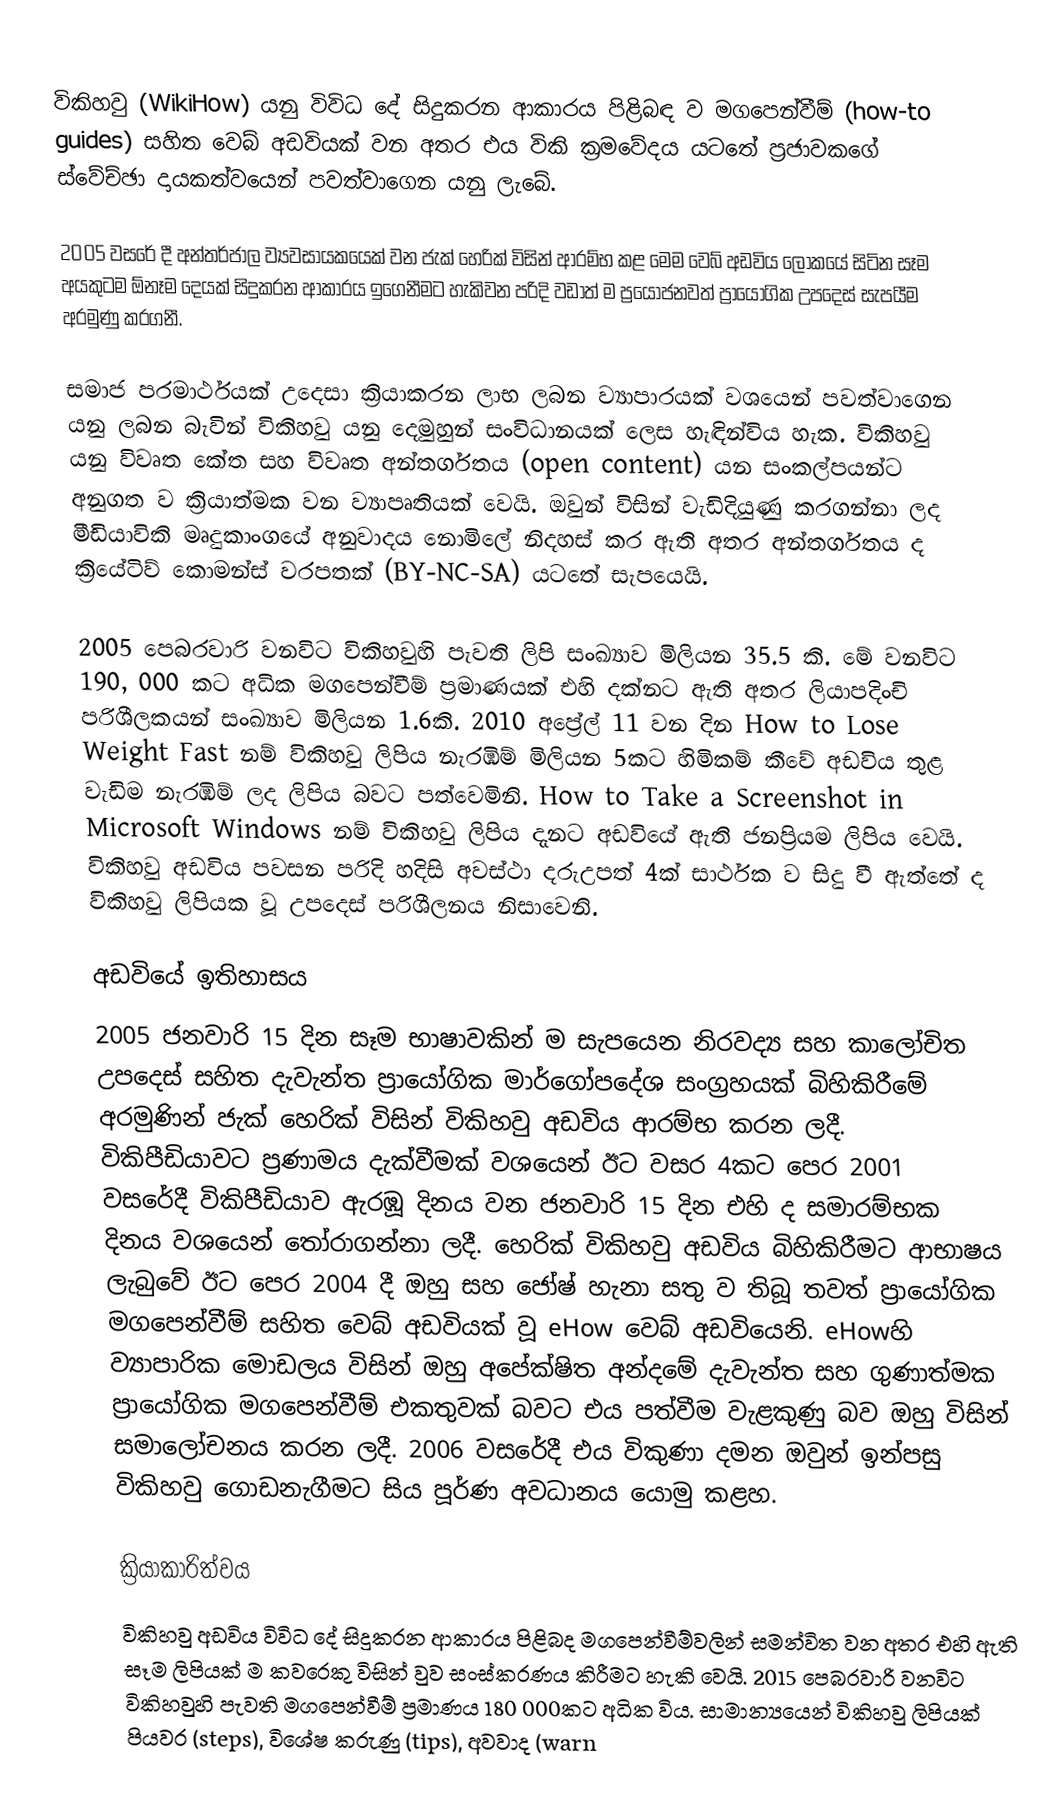
විකිහවු (WikiHow) යනු විවිධ දේ සිදුකරන ආකාරය පිළිබඳ ව මගපෙන්වීම් (how-to guides) සහිත වෙබ් අඩවියක් වන අතර එය විකි ක්‍රමවේදය යටතේ ප්‍රජාවකගේ ස්වේච්ඡා දායකත්වයෙන් පවත්වාගෙන යනු ලැබේ.

2005 වසරේ දී අන්තර්ජාල ව්‍යවසායකයෙක් වන ජැක් හෙරික් විසින් ආරම්භ කළ මෙම වෙබ් අඩවිය ලෝකයේ සිටින සෑම අයකුටම ඕනෑම දෙයක් සිදුකරන ආකාරය ඉගෙනීමට හැකිවන පරිදි වඩාත් ම ප්‍රයෝජනවත් ප්‍රායෝගික උපදෙස් සැපයීම අරමුණු කරගනී.

සමාජ පරමාර්ථයක් උදෙසා ක්‍රියාකරන ලාභ ලබන ව්‍යාපාරයක් වශයෙන් පවත්වාගෙන යනු ලබන බැවින් විකිහවු යනු දෙමුහුන් සංවිධානයක් ලෙස හැඳින්විය හැක. විකිහවු යනු  විවෘත කේත සහ විවෘත අන්තර්ගතය (open content) යන සංකල්පයන්ට අනුගත ව ක්‍රියාත්මක වන ව්‍යාපෘතියක් වෙයි. ඔවුන් විසින් වැඩිදියුණු කරගන්නා ලද මීඩියාවිකි මෘදුකාංගයේ අනුවාදය නොමිලේ නිදහස් කර ඇති අතර අන්තර්ගතය ද ක්‍රියේටිව් කොමන්ස් වරපතක් (BY-NC-SA) යටතේ සැපයෙයි.

2005 පෙබරවාරි වනවිට විකිහවුහි පැවති ලිපි සංඛ්‍යාව මිලියන 35.5 කි. මේ වනවිට 190, 000 කට අධික මගපෙන්වීම් ප්‍රමාණයක් එහි දක්නට ඇති අතර ලියාපදිංචි පරිශීලකයන් සංඛ්‍යාව මිලියන 1.6කි. 2010 අප්‍රේල් 11 වන දින How to Lose Weight Fast නම් විකිහවු ලිපිය නැරඹීම් මිලියන 5කට හිමිකම් කීවේ අඩවිය තුළ  වැඩිම නැරඹීම් ලද ලිපිය බවට පත්වෙමිනි. How to Take a Screenshot in Microsoft Windows නම් විකිහවු ලිපිය දැනට අඩවියේ ඇති ජනප්‍රියම ලිපිය වෙයි. විකිහවු අඩවිය පවසන පරිදි හදිසි අවස්ථා දරුඋපත් 4ක් සාර්ථක ව සිදු වී ඇත්තේ ද විකිහවු ලිපියක වූ උපදෙස් පරිශීලනය නිසාවෙනි.

අඩවියේ ඉතිහාසය
2005 ජනවාරි 15 දින සෑම භාෂාවකින් ම සැපයෙන නිරවද්‍ය සහ කාලෝචිත උපදෙස් සහිත දැවැන්ත ප්‍රායෝගික මාර්ගෝපදේශ සංග්‍රහයක් බිහිකිරීමේ අරමුණින් ජැක් හෙරික් විසින් විකිහවු අඩවිය ආරම්භ කරන ලදී. විකිපීඩියාවට ප්‍රණාමය දැක්වීමක් වශයෙන් ඊට වසර 4කට පෙර 2001 වසරේදී විකිපීඩියාව ඇරඹූ දිනය වන ජනවාරි 15 දින එහි ද සමාරම්භක දිනය වශයෙන් තෝරාගන්නා ලදී. හෙරික් විකිහවු අඩවිය බිහිකිරීමට ආභාෂය ලැබුවේ ඊට පෙර 2004 දී ඔහු සහ ජෝෂ් හැනා සතු ව තිබූ තවත් ප්‍රායෝගික මගපෙන්වීම් සහිත වෙබ් අඩවියක් වූ eHow වෙබ් අඩවියෙනි.  eHowහි ව්‍යාපාරික මොඩලය විසින් ඔහු අපේක්ෂිත අන්දමේ දැවැන්ත සහ ගුණාත්මක ප්‍රායෝගික මගපෙන්වීම් එකතුවක් බවට එය පත්වීම වැළකුණු බව ඔහු විසින් සමාලෝචනය කරන ලදී.  2006 වසරේදී එය විකුණා දමන ඔවුන් ඉන්පසු විකිහවු ගොඩනැගීමට සිය පූර්ණ අවධානය යොමු කළහ.

ක්‍රියාකාරිත්වය
විකිහවු අඩවිය  විවිධ දේ සිදුකරන ආකාරය පිළිබද මගපෙන්වීම්වලින් සමන්විත වන අතර එහි ඇති සෑම ලිපියක් ම කවරෙකු විසින් වුව සංස්කරණය කිරීමට හැකි වෙයි. 2015 පෙබරවාරි වනවිට විකිහවුහි පැවති මගපෙන්වීම් ප්‍රමාණය 180 000කට අධික විය. සාමාන්‍යයෙන් විකිහවු ලිපියක් පියවර (steps), විශේෂ කරුණු (tips), අවවාද (warn